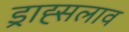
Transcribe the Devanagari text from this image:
ड्राह्सलाव